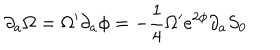
\partial _ { a } \Omega = \Omega ^ { \prime } \partial _ { a } \phi = - { \frac { 1 } { 4 } } \Omega ^ { \prime } e ^ { 2 \phi } \partial _ { a } S _ { 0 }